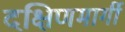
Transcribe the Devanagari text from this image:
दक्षिणमार्गी